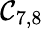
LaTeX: \mathcal{C}_{7,8}